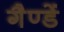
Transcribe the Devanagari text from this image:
गैण्डें